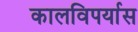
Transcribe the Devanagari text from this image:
कालविपर्यास